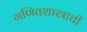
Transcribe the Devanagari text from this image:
गणितशास्त्राची